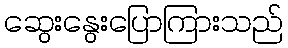
ဆွေးနွေးပြောကြားသည်